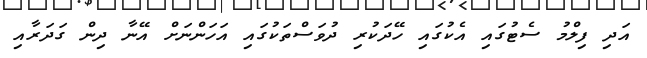
އަދި ފިލްމު ސެޓުގައި އެކުގައި ހޭދަކުރި ދުވަސްތަކުގައި އަހަންނަށް އޭނާ ދިން ގަދަރާއި